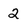
Character: 2